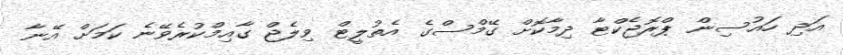
އަދި ހައުސިން ޕްރޮޖެކްޓާ ދިމާކޮށް ގޭމްސްގެ އެތުލީޓް ވިލެޖް ގާއިމްކުރެވޭނެ ކަމަށް އޭނާ